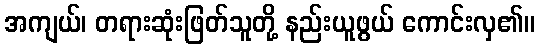
အကျယ်၊ တရားဆုံးဖြတ်သူတို့ နည်းယူဖွယ် ကောင်းလှ၏။